Cholera in southern India
Disease focus: Cholera
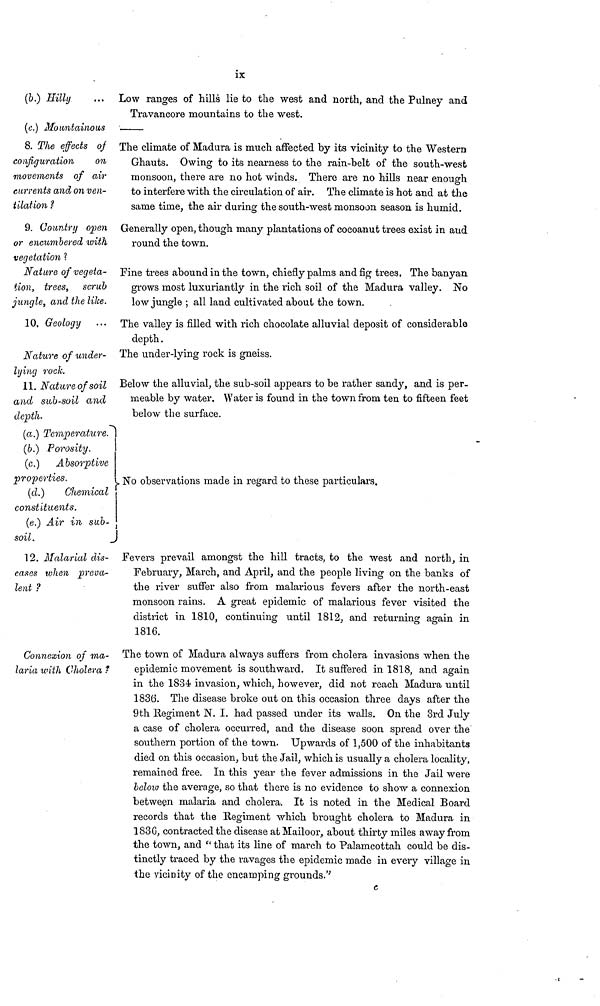
ix
(&.) Hilly
Low ranges of hills lie to the west and north, and the Pulney and
Travancore mountains to the west.
(c.) Mountainous
8. The effects of
configuration
on
movements of air
currents and on ven-
tilation ?
The climate of Madura is much affected by its vicinity to the Western
Ghauts. Owing to its nearness to the rain-belt of the south-west
monsoon, there are no hot winds. There are no hills near enough
to interfere with the circulation of air. The climate is hot and at the
same time, the air during the south-west monsoon season is humid.
9. Country open
or encumbered with
vegetation ?
Nature of vegeta-
tion, trees, scrub
jungle, and the like.
Generally open, though many plantations of cocoanut trees exist in and
round the town.
Fine trees abound in the town, chiefly palms and fig trees, The banyan
grows most luxuriantly in the rich soil of the Madura valley. No
low jungle ; all land cultivated about the town.
10, Geology
The valley is filled with rich chocolate alluvial deposit of considerable
depth.
Nature of under-
lying rock.
The under-lying rock is gneiss.
11. Nature of soil
and sub-soil and
depth.
Below the alluvial, the sub-soil appears to be rather sandy, and is per-
meable by water. Water is found in the town from ten to fifteen feet
below the surface.
(a.) Temperature.
(b.) Porosity.
(c.) Absorptive
properties.
(d.)
Chemical
constituents.
(e.) Air in sub-
soil.
No observations made in regard to these particulars.
12. Malarial dis-
eases when preva-
lent ?
Fevers prevail amongst the hill tracts, to the west and north, in
February, March, and April, and the people living on the banks of
the river suffer also from malarious fevers after the north-east
monsoon rains. A great epidemic of malarious fever visited the
district in 1810, continuing until 1812, and returning again in
1816.
Connexion of ma-
laria with Cholera ?
The town of Madura always suffers from cholera invasions when the
epidemic movement is southward. It suffered in 1818, and again
in the 1834 invasion, which, however, did not reach Madura until
1836. The disease broke out on this occasion three days after the
9th Kegiment N. I. had passed under its walls. On the 3rd July
a case of cholera occurred, and the disease soon spread over the
southern portion of the town. Upwards of 1,500 of the inhabitants
died on this occasion, but the Jail, which is usually a cholera locality,
remained free. In this year the fever admissions in the Jail were
below the average, so that there is no evidence to show a connexion
between malaria and cholera. It is noted in the Medical Board
records that the Regiment which brought cholera to Madura in
1836, contracted the disease at Mailoor, about thirty miles away from
the town, and " that its line of march to Palamcottah could be dis-
tinctly traced by the ravages the epidemic made in every village in
the vicinity of the encamping grounds."